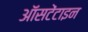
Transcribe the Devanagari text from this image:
ऑसटेंटाइन